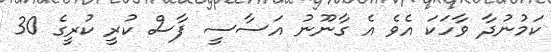
ކަމުނުދާ ވާހަކަ އެވެ އެ ގާނޫނު އަސާސީ ފާސް ކުރީ ކުރީގެ 30